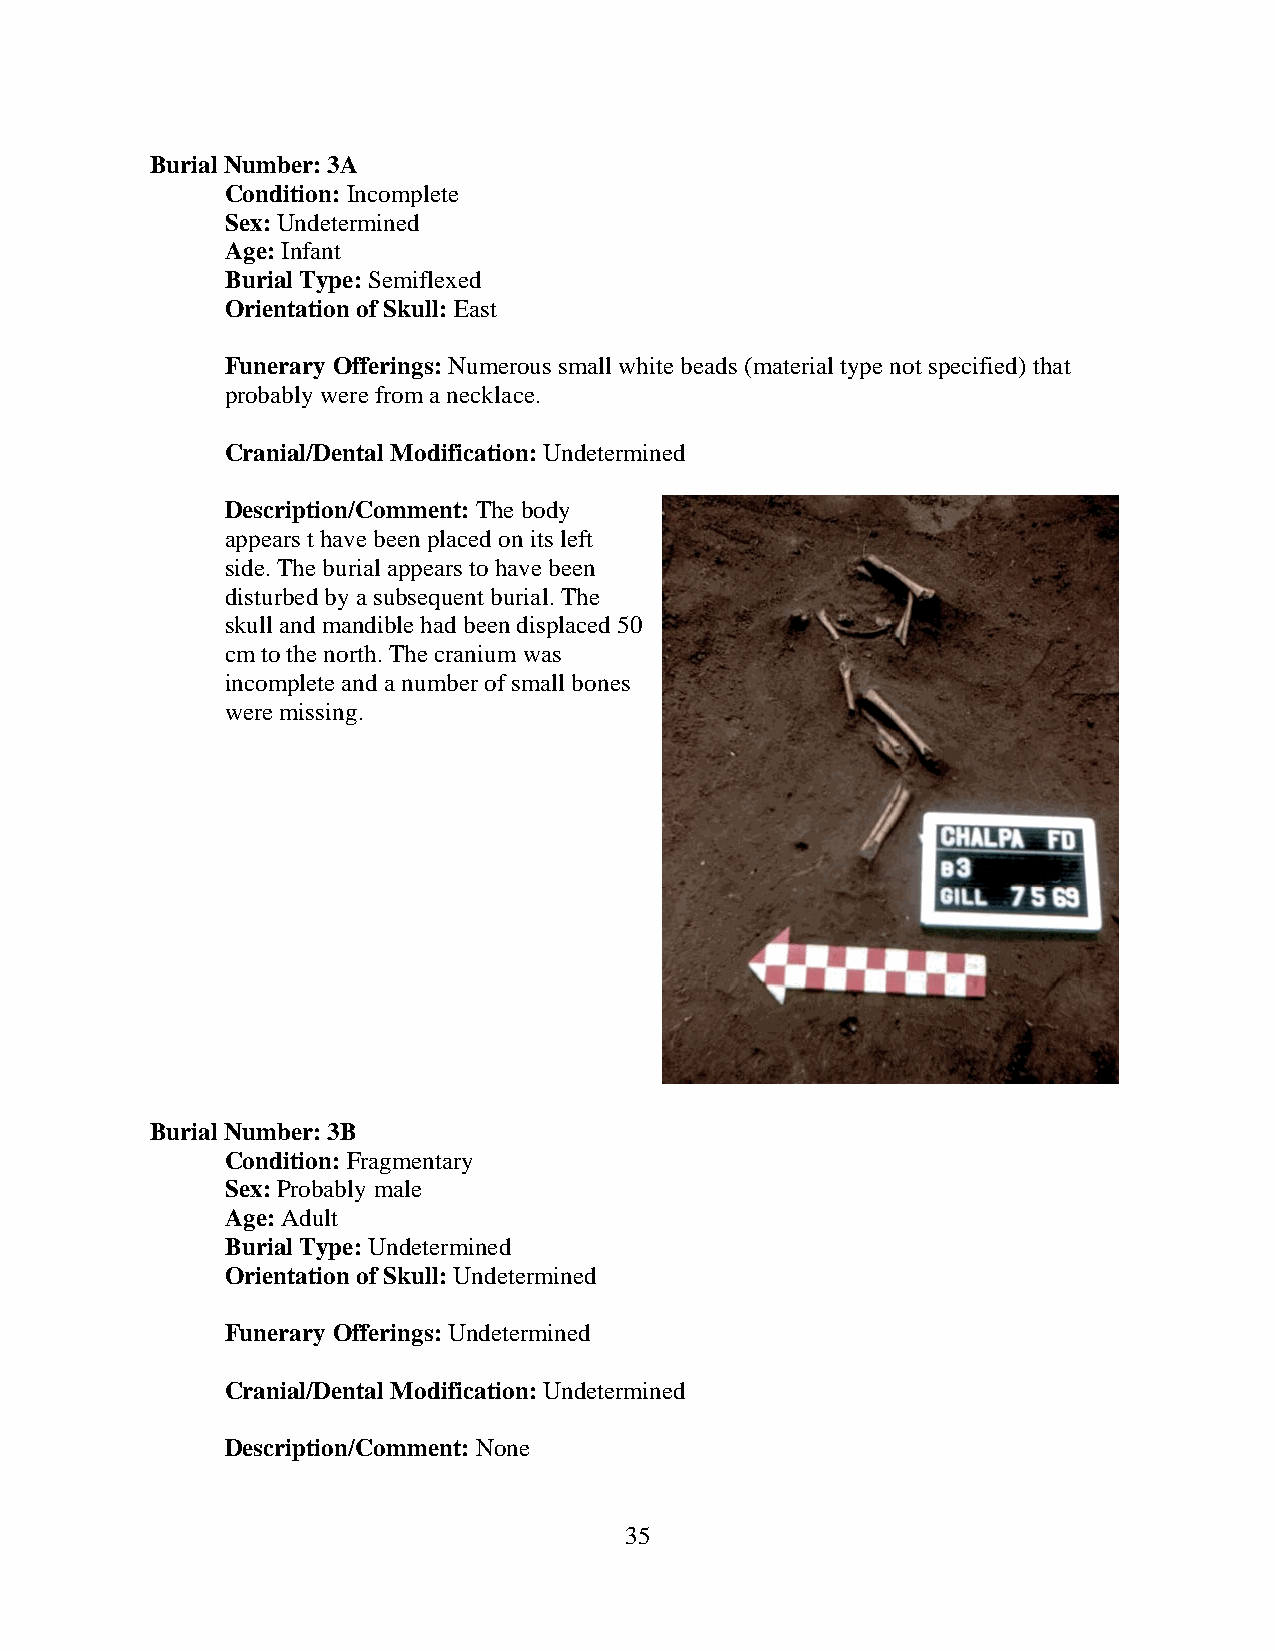
Burial Number: 3A
 Condition: Incomplete
 Sex: Undetermined
 Age: Infant
 Burial Type: Semiflexed
 Orientation of Skull: East
 Funerary Offerings: Numerous small white beads (material type not specified) that
 probably were from a necklace.
 Cranial/Dental Modification: Undetermined
 Description/Comment: The body
 appears t have been placed on its left
 side. The burial appears to have been
 disturbed by a subsequent burial. The
 skull and mandible had been displaced 50
 cm to the north. The cranium was
 incomplete and a number of small bones
 were missing.
 Burial Number: 3B
 Condition: Fragmentary
 Sex: Probably male
 Age: Adult
 Burial Type: Undetermined
 Orientation of Skull: Undetermined
 Funerary Offerings: Undetermined
 Cranial/Dental Modification: Undetermined
 Description/Comment: None
 35